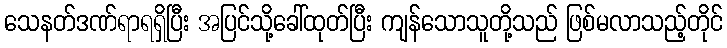
သေနတ်ဒဏ်ရာရရှိပြီး အပြင်သို့ခေါ်ထုတ်ပြီး ကျန်သောသူတို့သည် ဖြစ်မလာသည့်တိုင်